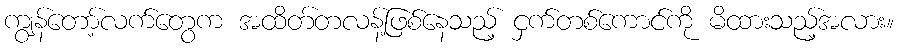
ကျွန်တော့်လက်တွေက အထိတ်တလန့်ဖြစ်နေသည့် ငှက်တစ်ကောင်ကို မိထားသည့်အလား။